Civil Veterinary Department. United Provinces 1923-31 - 1923-1931
Year: 1923
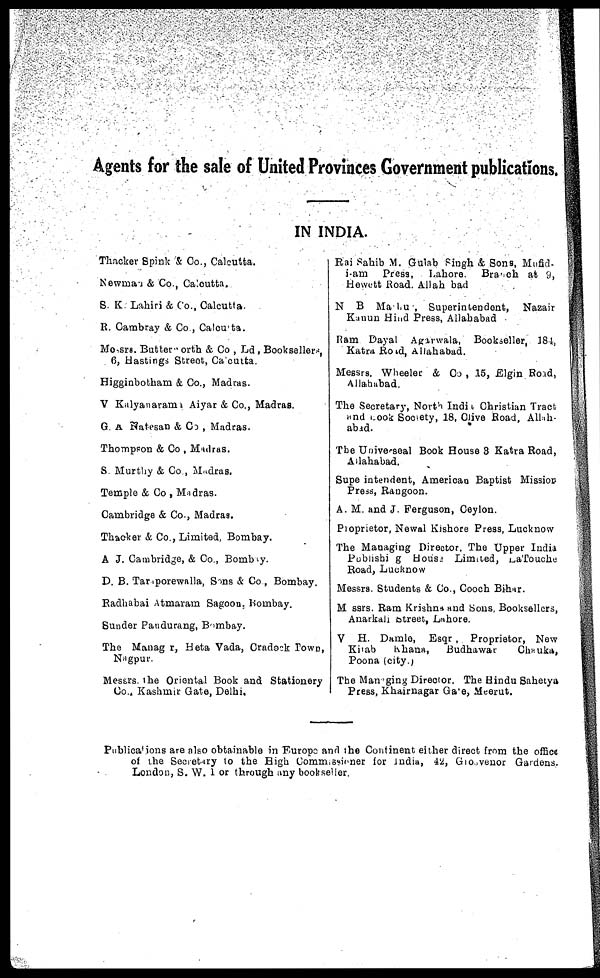
Agents for the sale of United Provinces Government publications.
IN INDIA.
Thacker Spink 4 Co., Calcutta.
Newman & Co., Calcutta.
S. K. Lahiri & Co., Calcutta.
R. Cambray & Co , Calcutta.
Mossrs. Butterworth & Co , Ld , Booksellers,
6, Hastings Street, Calcutta.
Higginbotham & Co., Madras.
V Kalyanarama Aiyar & Co., Madras.
G. A Natesan & Co , Madras.
Thompson & Co , Madras.
S. Murthy & Co , Madras.
Temple & Co , Madras.
Cambridge & Co., Madras.
Thacker & Co., Limited, Bombay.
A J. Cambridge, & Co., Bombay.
D. B. Taraporewalla, Sons & Co , Bombay.
Radhabai Atmaram Sagoon, Bombay.
Sunder Pandurang, Bombay.
The Manager, Heta Vada, Cradock Town,
Nagpur.
Messrs. the Oriental Book and Stationery
Co.. Kashmir Gate, Delhi.
Rai Sahib M. Gulab Singh & Sons, Mufid-
i-am Press, Lahore. Branch at 9,
Hewett Road. Allah bad
N B Mattu , Superintendent, Nazair
Kanun Hind Press, Allahabad
Ram Dayal Agarwala, Bookseller, 184,
Katra Road, Allahabad.
Messrs. Wheeler & Co , 15, Elgin Road,
Allahabad.
The Secretary, North India Christian Tract
and Look Society, 18, Olive Road, Allah-
abad.
The Universeal Book Bouse 8 Katra Road,
Allahabad.
Superintendent, American Baptist Mission
Press, Rangoon.
A. M. and J. Ferguson, Ceylon.
Proprietor, Newal Kishore Press, Lucknow
The Managing Director, The Upper India
Publishing House Limited, LaTouche
Road, Lucknow
Messrs. Students & Co., Cooch Bihar.
Messrs. Ram Krishna and Sous, Booksellers,
Anarkali Street, Lahore.
V H. Damle, Esqr , Proprietor, New
Khab
Khana,
Budhawat
Chauka,
Poona (city.)
The Managing Director. The Hindu Sahetya
Press, Khairnagar Gale, Meerut.
Publications are also obtainable in Europe and the Continent either direct from the office
of the Secretary to the High Commissioner for India, 42, Groevenor Gardens.
London, S. W. 1 or through any bookseller.